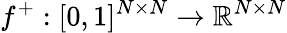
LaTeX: f^{+}:[0,1]^{N\times N}\rightarrow\mathbb{R}^{N\times N}